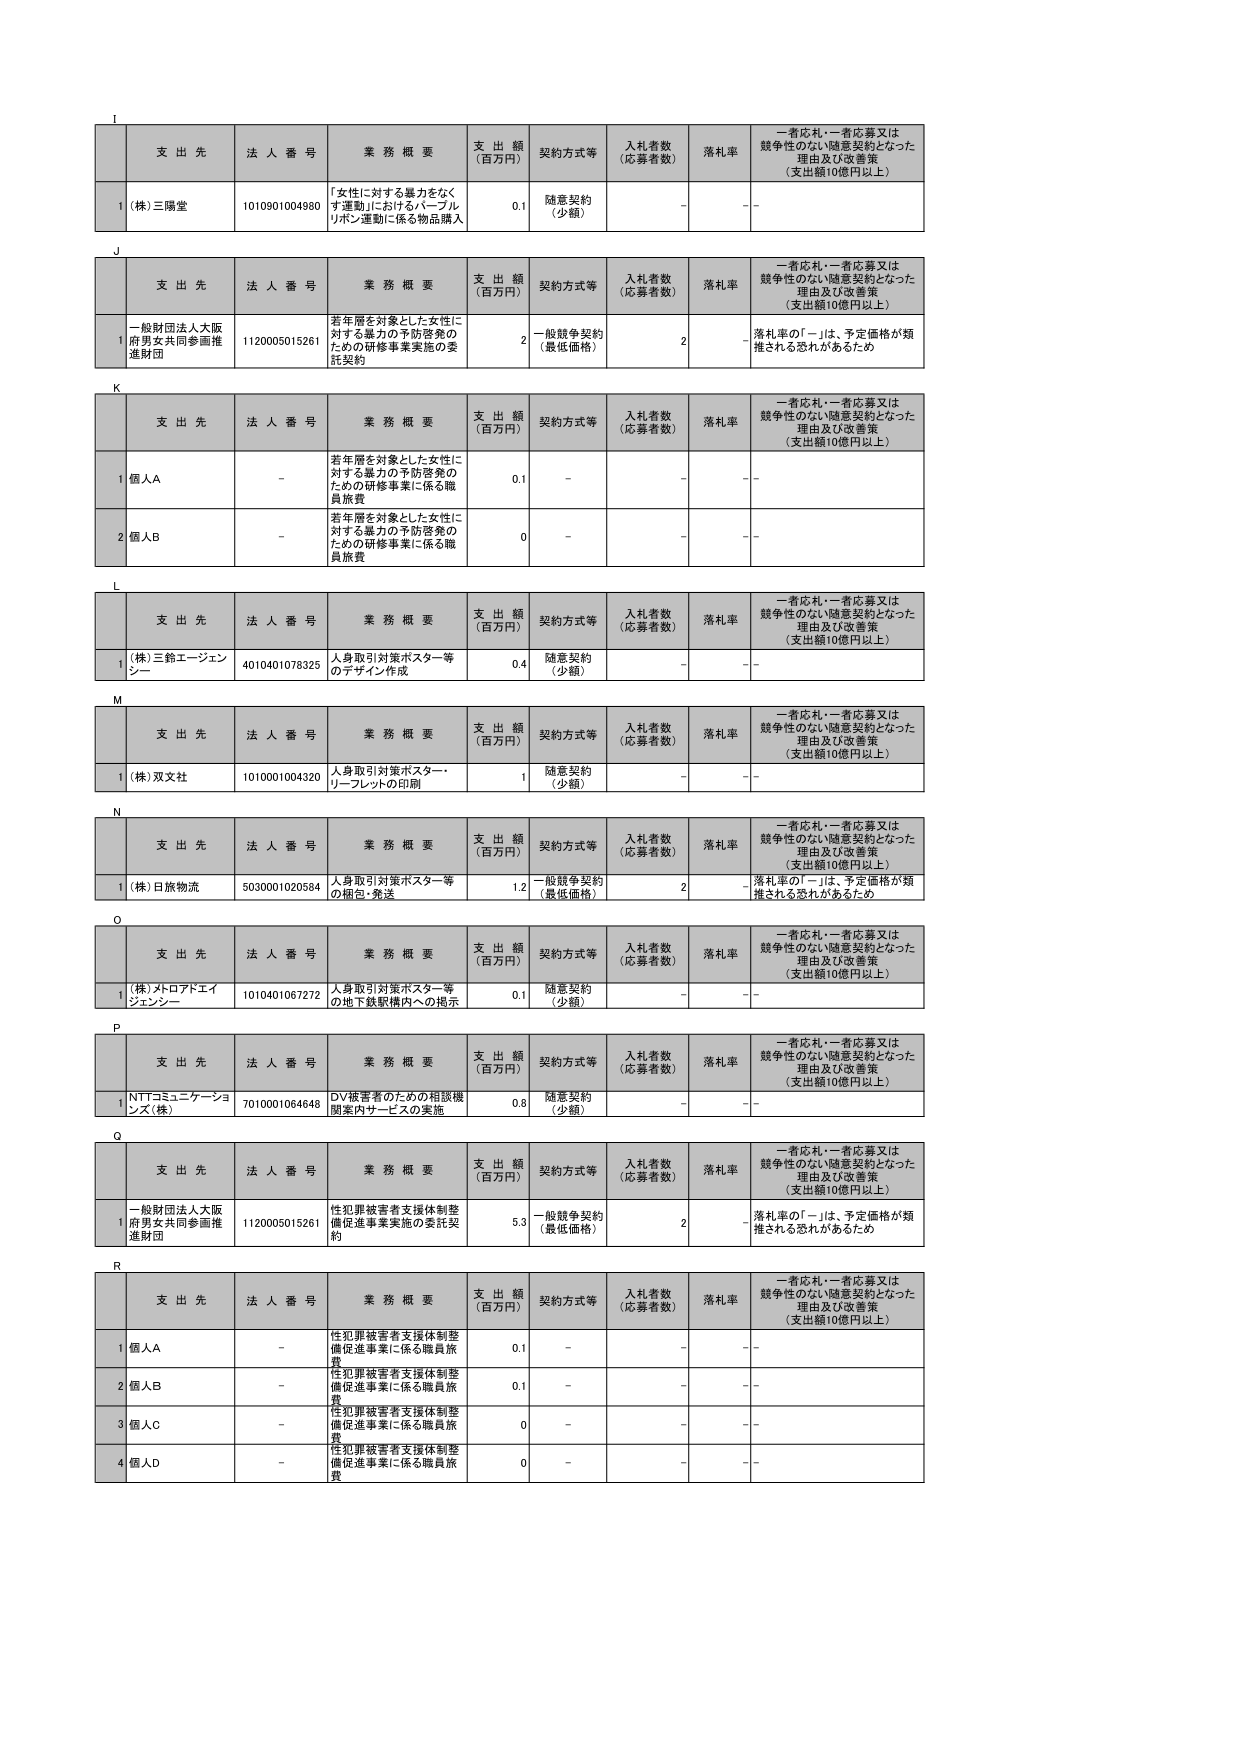
I
支 出 先 法 人 番 号 業 務 概 要 支 出 額 （百万円） 契約方式等 入札者数 （応募者数） 落札率 一者応札・一者応募又は 競争性のない随意契約となった 理由及び改善策 （支出額10億円以上）
1 (株)三陽堂 1010901004980 「女性に対する暴力をなく す運動」におけるバーブル リボン運動に係る物品購入 0.1 随意契約 （少額） - -

J
支 出 先 法 人 番 号 業 務 概 要 支 出 額 （百万円） 契約方式等 入札者数 （応募者数） 落札率 一者応札・一者応募又は 競争性のない随意契約となった 理由及び改善策 （支出額10億円以上）
1 一般財団法人大阪 府男女共同参画推 進財団 1120005015261 若年層を対象とした女性に 対する暴力の予防啓発の ための研修事業実施の委 託契約 2 一般競争契約 （最低価格） 2 - 落札率の「－」は、予定価格が類 推される恐れがあるため

K
支 出 先 法 人 番 号 業 務 概 要 支 出 額 （百万円） 契約方式等 入札者数 （応募者数） 落札率 一者応札・一者応募又は 競争性のない随意契約となった 理由及び改善策 （支出額10億円以上）
1 個人A - 若年層を対象とした女性に 対する暴力の予防啓発の ための研修事業に係る職 員旅費 0.1 - - -
2 個人B - 若年層を対象とした女性に 対する暴力の予防啓発の ための研修事業に係る職 員旅費 0 - - -

L
支 出 先 法 人 番 号 業 務 概 要 支 出 額 （百万円） 契約方式等 入札者数 （応募者数） 落札率 一者応札・一者応募又は 競争性のない随意契約となった 理由及び改善策 （支出額10億円以上）
1 (株)三鈴エージェン シー 4010401078325 人身取引対策ポスター等 のデザイン作成 0.4 随意契約 （少額） - -

M
支 出 先 法 人 番 号 業 務 概 要 支 出 額 （百万円） 契約方式等 入札者数 （応募者数） 落札率 一者応札・一者応募又は 競争性のない随意契約となった 理由及び改善策 （支出額10億円以上）
1 (株)双文社 1010001004320 人身取引対策ポスター・ リーフレットの印刷 1 随意契約 （少額） - -

N
支 出 先 法 人 番 号 業 務 概 要 支 出 額 （百万円） 契約方式等 入札者数 （応募者数） 落札率 一者応札・一者応募又は 競争性のない随意契約となった 理由及び改善策 （支出額10億円以上）
1 (株)日旅物流 5030001020584 人身取引対策ポスター等 の梱包・発送 1.2 一般競争契約 （最低価格） 2 - 落札率の「－」は、予定価格が類 推される恐れがあるため

O
支 出 先 法 人 番 号 業 務 概 要 支 出 額 （百万円） 契約方式等 入札者数 （応募者数） 落札率 一者応札・一者応募又は 競争性のない随意契約となった 理由及び改善策 （支出額10億円以上）
1 (株)メトロアドエイ ジェンシー 1010401067272 人身取引対策ポスター等 の地下鉄駅構内への掲示 0.1 随意契約 （少額） - -

P
支 出 先 法 人 番 号 業 務 概 要 支 出 額 （百万円） 契約方式等 入札者数 （応募者数） 落札率 一者応札・一者応募又は 競争性のない随意契約となった 理由及び改善策 （支出額10億円以上）
1 NTTコミュニケーションズ(株) 7010001064648 DV被害者のための相談機 関案内サービスの実施 0.8 随意契約 （少額） - -

Q
支 出 先 法 人 番 号 業 務 概 要 支 出 額 （百万円） 契約方式等 入札者数 （応募者数） 落札率 一者応札・一者応募又は 競争性のない随意契約となった 理由及び改善策 （支出額10億円以上）
1 一般財団法人大阪 府男女共同参画推 進財団 1120005015261 性犯罪被害者支援体制整 備促進事業実施の委託契 約 5.3 一般競争契約 （最低価格） 2 - 落札率の「－」は、予定価格が類 推される恐れがあるため

R
支 出 先 法 人 番 号 業 務 概 要 支 出 額 （百万円） 契約方式等 入札者数 （応募者数） 落札率 一者応札・一者応募又は 競争性のない随意契約となった 理由及び改善策 （支出額10億円以上）
1 個人A - 性犯罪被害者支援体制整 備促進事業に係る職員旅 費 0.1 - - -
2 個人B - 性犯罪被害者支援体制整 備促進事業に係る職員旅 費 0.1 - - -
3 個人C - 性犯罪被害者支援体制整 備促進事業に係る職員旅 費 0 - - -
4 個人D - 性犯罪被害者支援体制整 備促進事業に係る職員旅 費 0 - - -